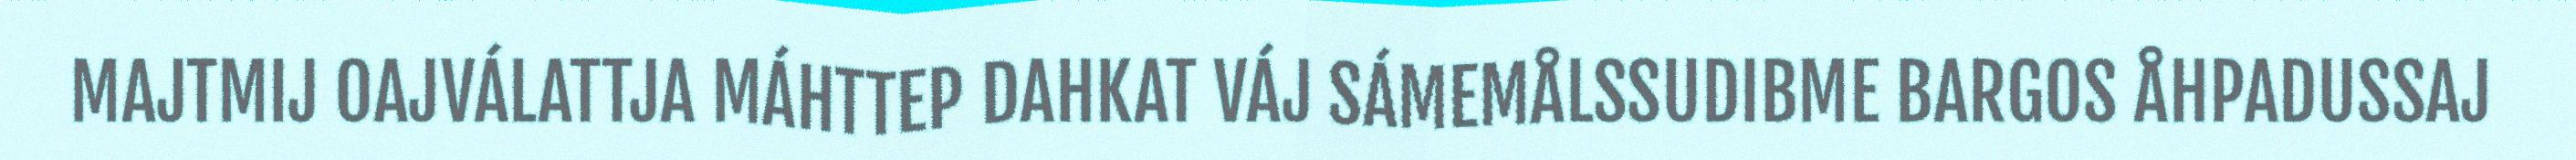
MAJTMIJ OAJVÁLATTJA MÁHTTEP DAHKAT VÁJ SÁMEMÅLSSUDIBME BARGOS ÅHPADUSSAJ